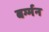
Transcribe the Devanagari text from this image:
बर्ग्मन